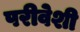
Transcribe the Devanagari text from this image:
परीवेशी